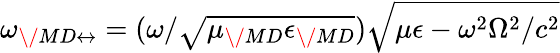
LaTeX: \omega_{{\/ {MD}}\leftrightarrow}=(\omega/\sqrt{\mu_{\/ {MD}}\epsilon_{\/ {MD}}})\sqrt{\mu\epsilon-\omega^{2}\Omega^{2}/c^{2}}